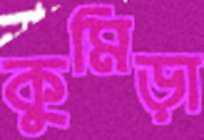
কুমিড়া